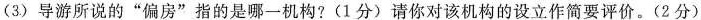
(3)导游所说的”偏房”指的是哪一机构?(1分)请你对该机构的设立作简要评价。(2分)